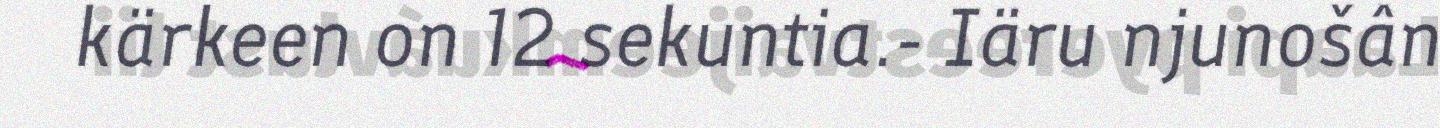
kärkeen on 12 sekuntia.- Iäru njunošân